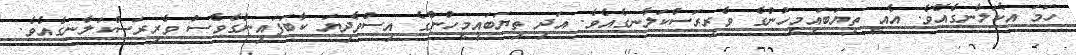
ހަމަ އެކަލާނގެއެވެ. އެއީ ތިޔަބައިމީހުންގެ ވެރިރަސްކަލާނގެއެވެ. އަދި ތިޔަބައިމީހުންގެ އިސްވެދިޔަ ކާބަފައިންގެވެސް ވެރިރަސްކަލާނގެއެވެ.